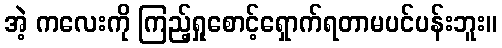
အဲ့ ကလေးကို ကြည့်ရှုစောင့်ရှောက်ရတာမပင်ပန်းဘူး။